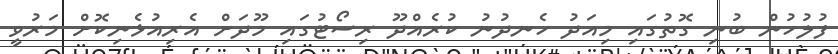
ފުލުހުން ބުނި ގޮތުގައި މިއަދު ހެނދުނު ކުރެއްދޫ ރިސޯޓުގައި މޫދަށް އެރިއުޅެނިކޮށް މަރުވީ